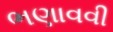
ભણાવવી